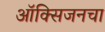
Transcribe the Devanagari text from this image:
ऑक्‍सिजनचा